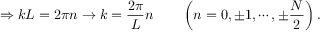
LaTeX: \Rightarrow k L = 2 \pi n \to k = { \frac { 2 \pi } { L } } n \qquad \left( n = 0 , \pm 1 , \cdots , \pm { \frac { N } { 2 } } \right) .